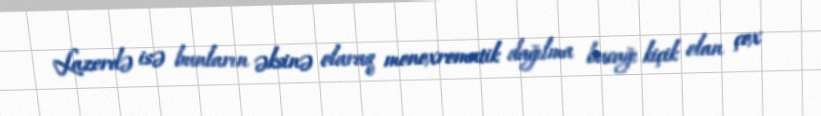
Lazerdə isə bunların əksinə olaraq monoxromatik dağılma bucağı kiçik olan çox